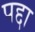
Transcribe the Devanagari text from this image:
पद्दा